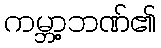
ကမ္ဘာ့ဘဏ်၏